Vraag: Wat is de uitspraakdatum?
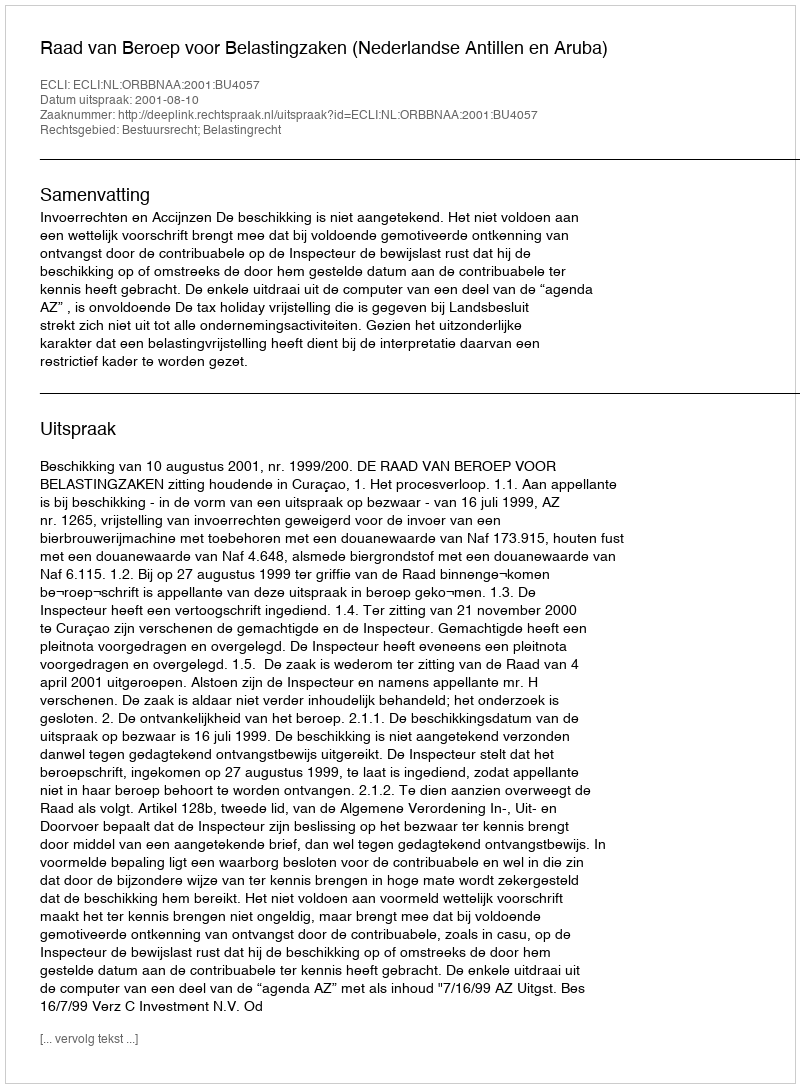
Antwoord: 2001-08-10